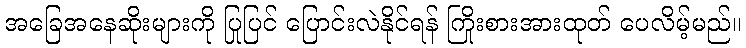
အခြေအနေဆိုးများကို ပြုပြင် ပြောင်းလဲနိုင်ရန် ကြိုးစားအားထုတ် ပေလိမ့်မည်။